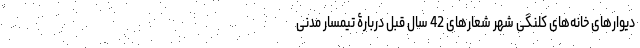
دیوارهای خانه‌های کلنگی شهر شعارهای 42 سال قبل دربارۀ تیمسار مدنی